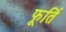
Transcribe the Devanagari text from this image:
फूर्ति